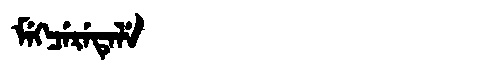
Manchu: ᠮᡝᡴᠴᡝᡵᡝᡨᡝᠯᡝ
Romanization: MEKCERETELE